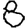
Digit: 8